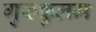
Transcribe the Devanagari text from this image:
गुरुकुलम